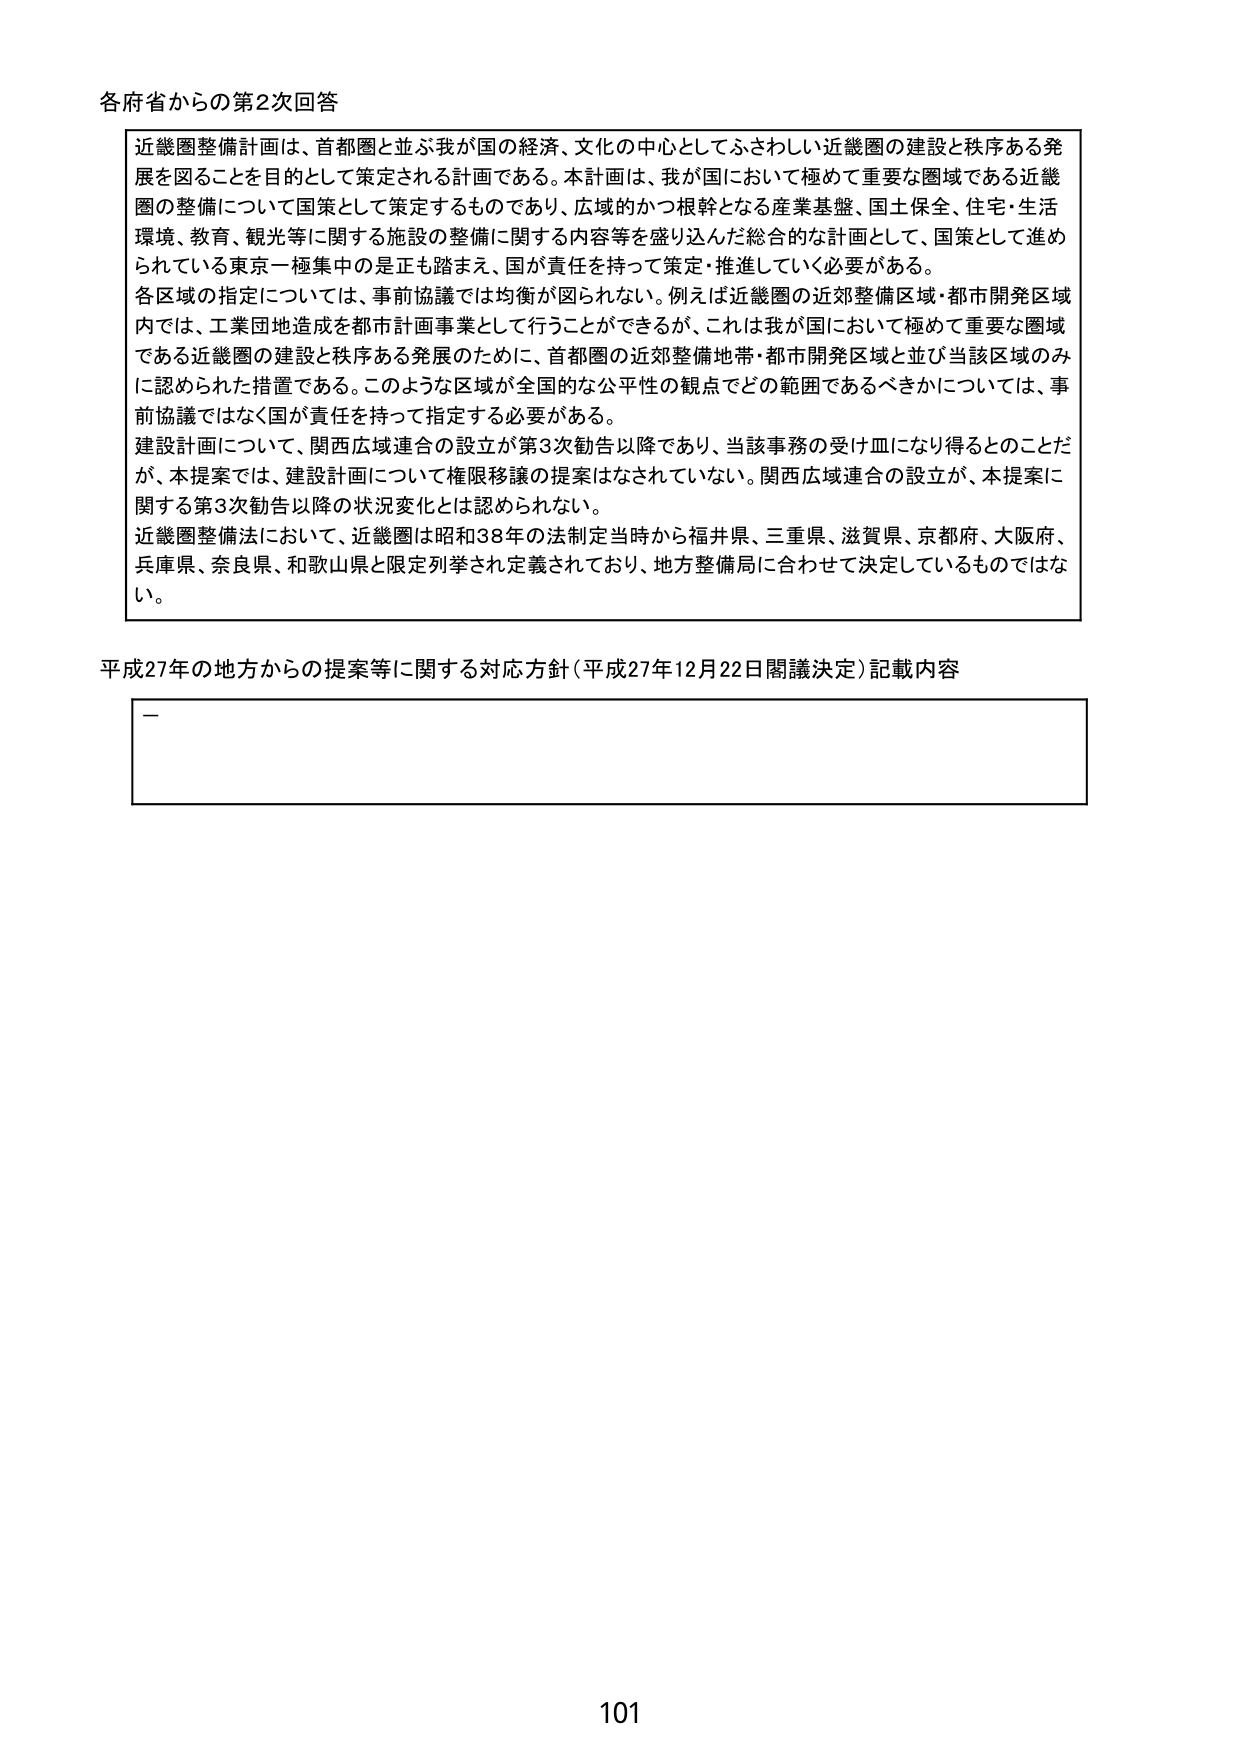
各府省からの第2次回答

近畿圏整備計画は、首都圏と並ぶ我が国の経済、文化の中心としてふさわしい近畿圏の建設と秩序ある発展を図ることを目的として策定される計画である。本計画は、我が国において極めて重要な圏域である近畿圏の整備について国策として策定するものであり、広域的かつ根幹となる産業基盤、国土保全、住宅・生活環境、教育、観光等に関する施設の整備に関する内容等を盛り込んだ総合的な計画として、国策として進められている東京一極集中の是正も踏まえ、国が責任を持って策定・推進していく必要がある。

各区域の指定については、事前協議では均衡が図られない。例えば近畿圏の近郊整備区域・都市開発区域内では、工業団地造成を都市計画事業として行うことができるが、これは我が国において極めて重要な圏域である近畿圏の建設と秩序ある発展のために、首都圏の近郊整備地帯・都市開発区域と並び当該区域のみに認められた措置である。このような区域が全国的な公平性の観点でどの範囲であるべきかについては、事前協議ではなく国が責任を持って指定する必要がある。

建設計画について、関西広域連合の設立が第3次勧告以降であり、当該事務の受け皿になり得るとのことだが、本提案では、建設計画について権限移譲の提案はなされていない。関西広域連合の設立が、本提案に関する第3次勧告以降の状況変化とは認められない。

近畿圏整備法において、近畿圏は昭和38年の法制定当時から福井県、三重県、滋賀県、京都府、大阪府、兵庫県、奈良県、和歌山県と限定列挙され定義されており、地方整備局に合わせて決定しているものではない。

平成27年の地方からの提案等に関する対応方針（平成27年12月22日閣議決定）記載内容

—

101